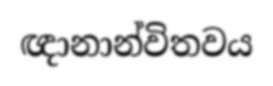
ඥානාන්විතවය